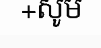
+សូម